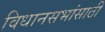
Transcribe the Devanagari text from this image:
विधानसभांसाठी